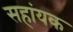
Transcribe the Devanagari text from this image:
सहांयक